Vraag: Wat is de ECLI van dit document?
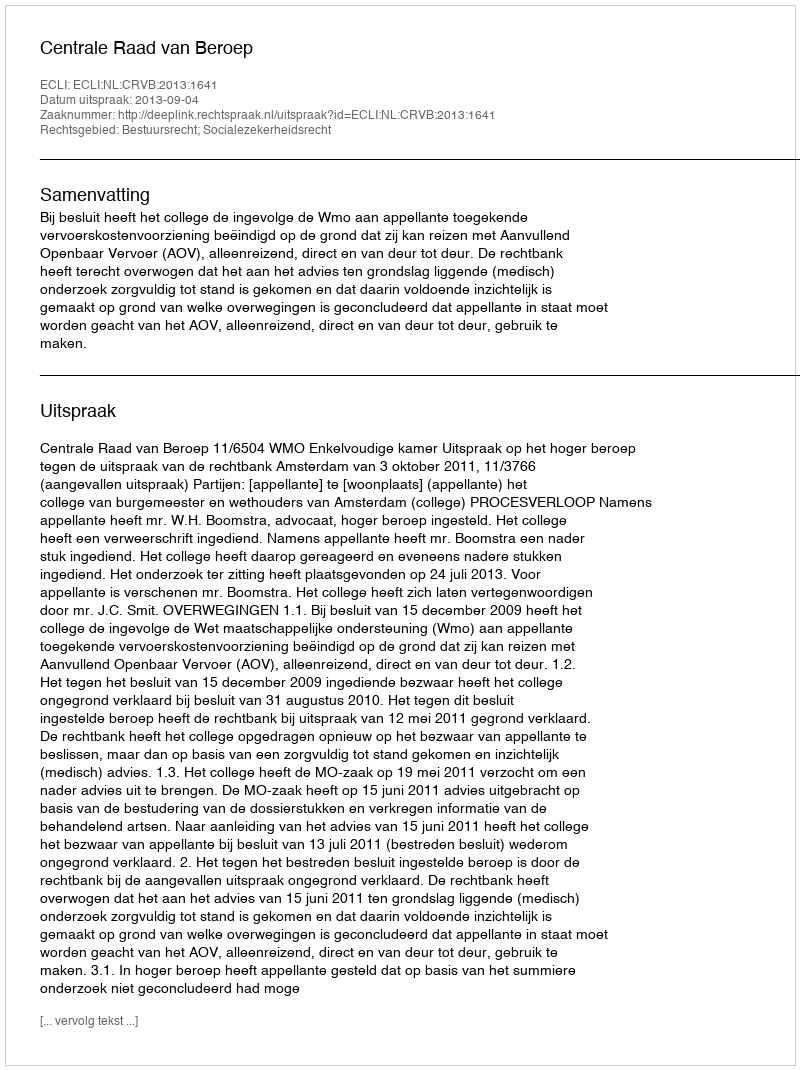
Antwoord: ECLI:NL:CRVB:2013:1641